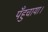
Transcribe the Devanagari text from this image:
पँहुचाया।